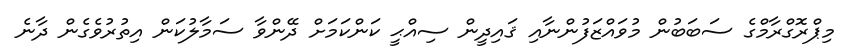
މިޕްރޮގްރާމްގެ ސަބަބުން މުވައްޒަފުންނާއި ޤައިދީން ސިއްޙީ ކަންކަމަށް ދޭންވާ ސަމާލުކަން އިތުރުވެގެން ދާނެ